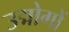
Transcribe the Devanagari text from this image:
उद्मोगों